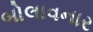
બોલાવનાર